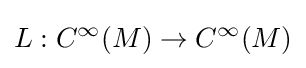
L:C^{\infty }(M)\to C^{\infty }(M)